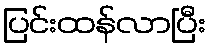
ပြင်းထန်လာပြီး